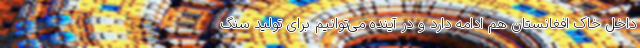
داخل خاک افغانستان هم ادامه دارد و در آینده می‌توانیم برای تولید سنگ